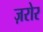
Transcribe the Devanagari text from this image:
ज़रोर